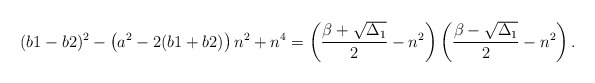
\begin{align*}(b1 - b2)^2-\left(a^2 - 2 (b1 + b2)\right) n^2 + n^4=\left(\frac{\beta+\sqrt{\Delta_1}}{2}-n^2\right)\left(\frac{\beta-\sqrt{\Delta_1}}{2}-n^2\right).\end{align*}